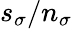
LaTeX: s_{\sigma}/n_{\sigma}